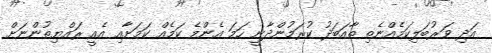
އަދި ވަރުބަލިކަމެއްނެތި ތާއަބަދު ކުރަމުންދާނީ ހަމަ އެންމެ ކަމެއް ކަމަށާއި އެއީ ރައްޔިތުންނަށް